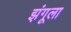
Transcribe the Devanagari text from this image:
झंगूला